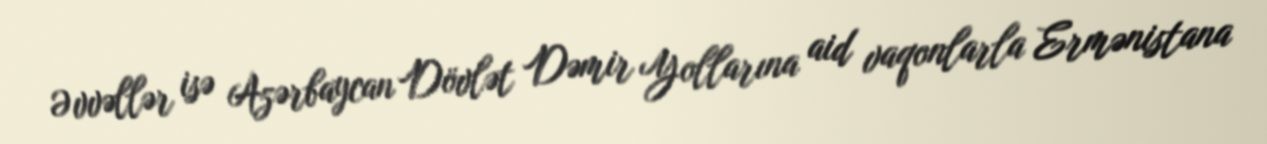
Əvvəllər isə Azərbaycan Dövlət Dəmir Yollarına aid vaqonlarla Ermənistana